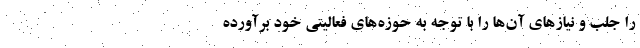
را جلب و نیازهای آن‌ها را با توجه به حوزه‌های فعالیتی خود برآورده